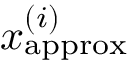
x _ { \mathrm { a p p r o x } } ^ { ( i ) }